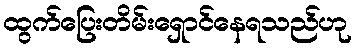
ထွက်ပြေးတိမ်းရှောင်နေရသည်ဟု